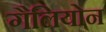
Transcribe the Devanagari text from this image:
गैलियोन